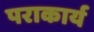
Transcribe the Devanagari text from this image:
पराकार्य